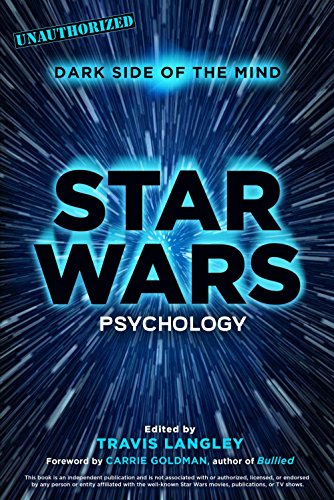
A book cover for Star Wars Psychology: Dark Side of the Mind; Science Fiction & Fantasy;